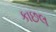
કાછલ